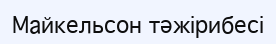
Майкельсон тәжірибесі